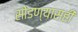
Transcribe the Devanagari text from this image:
सोडण्यासही